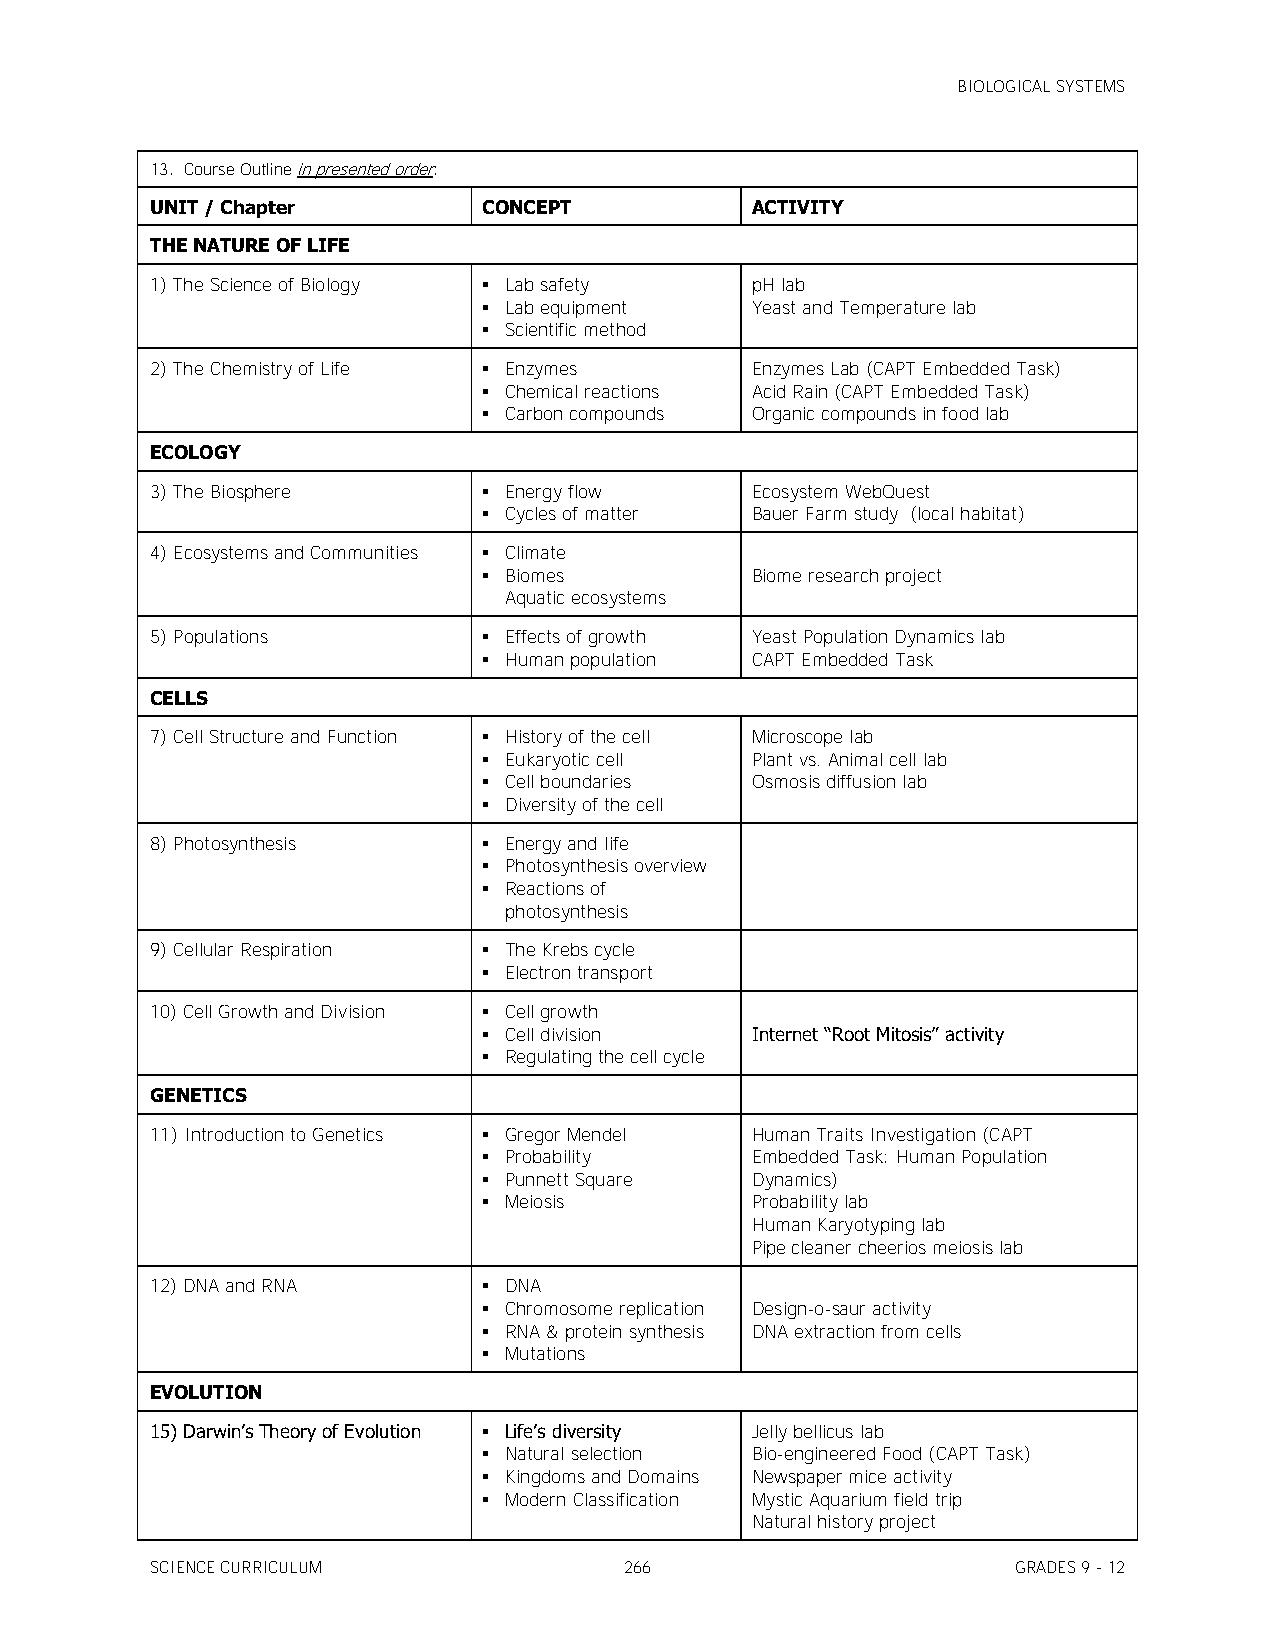
BIOLOGICAL SYSTEMS
 13. Course Outline in presented order:
 UNIT / Chapter        CONCEPT           ACTIVITY
 THE NATURE OF LIFE
 1) The Science of Biology  Lab safety  pH lab
  Lab equipment   Yeast and Temperature lab
  Scientific method
 2) The Chemistry of Life  Enzymes      Enzymes Lab (CAPT Embedded Task)
  Chemical reactions Acid Rain (CAPT Embedded Task)
  Carbon compounds Organic compounds in food lab
 ECOLOGY
 3) The Biosphere       Energy flow     Ecosystem WebQuest
  Cycles of matter Bauer Farm study (local habitat)
 4) Ecosystems and Communities  Climate
  Biomes          Biome research project
 Aquatic ecosystems
 5) Populations         Effects of growth Yeast Population Dynamics lab
  Human population CAPT Embedded Task
 CELLS
 7) Cell Structure and Function  History of the cell Microscope lab
  Eukaryotic cell Plant vs. Animal cell lab
  Cell boundaries Osmosis diffusion lab
  Diversity of the cell
 8) Photosynthesis      Energy and life
  Photosynthesis overview
  Reactions of
 photosynthesis
 9) Cellular Respiration  The Krebs cycle
  Electron transport
 10) Cell Growth and Division  Cell growth
  Cell division   Internet ―Root Mitosis‖ activity
  Regulating the cell cycle
 GENETICS
 11) Introduction to Genetics  Gregor Mendel Human Traits Investigation (CAPT
  Probability     Embedded Task: Human Population
  Punnett Square  Dynamics)
  Meiosis         Probability lab
 Human Karyotyping lab
 Pipe cleaner cheerios meiosis lab
 12) DNA and RNA        DNA
  Chromosome replication Design-o-saur activity
  RNA & protein synthesis DNA extraction from cells
  Mutations
 EVOLUTION
 15) Darwin’s Theory of Evolution  Life’s diversity Jelly bellicus lab
  Natural selection Bio-engineered Food (CAPT Task)
  Kingdoms and Domains Newspaper mice activity
  Modern Classification Mystic Aquarium field trip
 Natural history project
 SCIENCE CURRICULUM             266                       GRADES 9 - 12